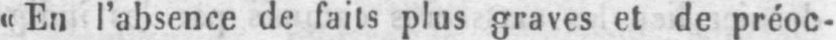
«En l’absence de faits plus graves et de préoc-